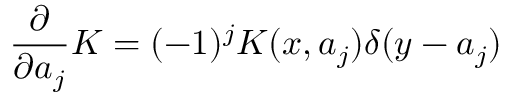
{ \frac { \partial } { \partial a _ { j } } } K = ( - 1 ) ^ { j } K ( x , a _ { j } ) \delta ( y - a _ { j } )